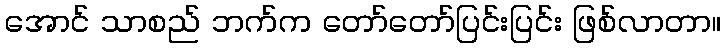
အောင် သာစည် ဘက်က တော်တော်ပြင်းပြင်း ဖြစ်လာတာ။